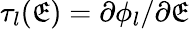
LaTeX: \tau_{l}(\mathfrak{E})=\partial\phi_{l}/\partial\mathfrak{E}